Indian journal of veterinary science and animal husbandry - Volume 7,
Year: 1937
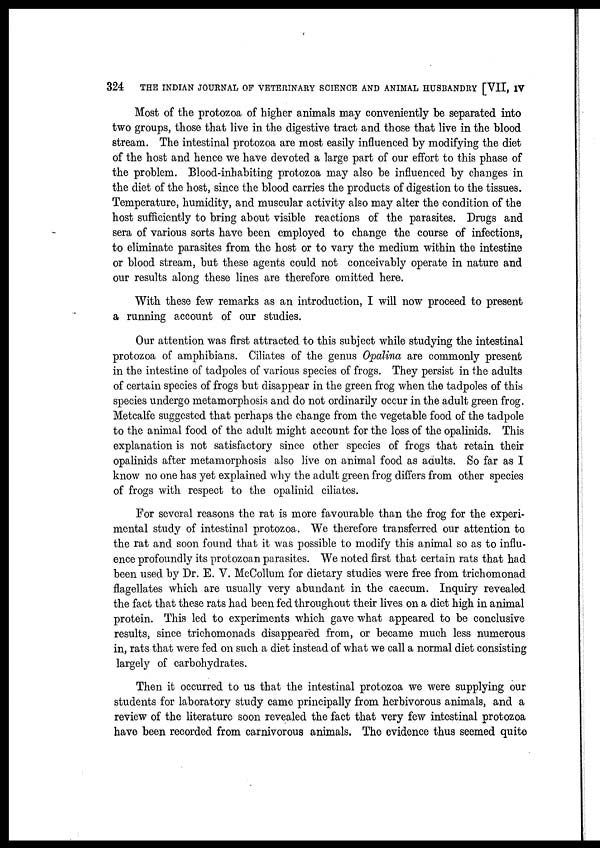
324
THE INDIAN JOURNAL OF VETERINARY SCIENCE AND ANIMAL HUSBANDRY [VII, IV
Most of the protozoa of higher animals may conveniently be separated into
two groups, those that live in the digestive tract and those that live in the blood
stream. The intestinal protozoa are most easily influenced by modifying the diet
of the host and hence we have devoted a large part of our effort to this phase of
the problem. Blood-inhabiting protozoa may also be influenced by changes in
the diet of the host, since the blood carries the products of digestion to the tissues.
Temperature, humidity, and muscular activity also may alter the condition of the
host sufficiently to bring about visible reactions of the parasites. Drugs and
sera of various sorts have been employed to change the course of infections,
to eliminate parasites from the host or to vary the medium within the intestine
or blood stream, but these agents could not conceivably operate in nature and
our results along these lines are therefore omitted here.
With these few remarks as an introduction, I will now proceed to present
a running account of our studies.
Our attention was first attracted to this subject while studying the intestinal
protozoa of amphibians. Ciliates of the genus Opalina are commonly present
in the intestine of tadpoles of various species of frogs. They persist in the adults
of certain species of frogs but disappear in the green frog when the tadpoles of this
species undergo metamorphosis and do not ordinarily occur in the adult green frog.
Metcalfe suggested that perhaps the change from the vegetable food of the tadpole
to the animal food of the adult might account for the loss of the opalinids. This
explanation is not satisfactory since other species of frogs that retain their
opalinids after metamorphosis also live on animal food as adults. So far as I
know no one has yet explained why the adult green frog differs from other species
of frogs with respect to the opalinid ciliates.
For several reasons the rat is more favourable than the frog for the experi-
mental study of intestinal protozoa. We therefore transferred our attention to
the rat and soon found that it was possible to modify this animal so as to influ-
ence profoundly its protozoan parasites. We noted first that certain rats that had
been used by Dr. E. V. McCollum for dietary studies were free from trichomonad
flagellates which are usually very abundant in the caecum. Inquiry revealed
the fact that these rats had been fed throughout their lives on a diet high in animal
protein. This led to experiments which gave what appeared to be conclusive
results, since trichomonads disappeared from, or became much less numerous
in, rats that were fed on such a diet instead of what we call a normal diet consisting
largely of carbohydrates.
Then it occurred to us that the intestinal protozoa we were supplying our
students for laboratory study came principally from herbivorous animals, and a
review of the literature soon revealed the fact that very few intestinal protozoa
have been recorded from carnivorous animals. The evidence thus seemed quite